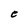
Character: e